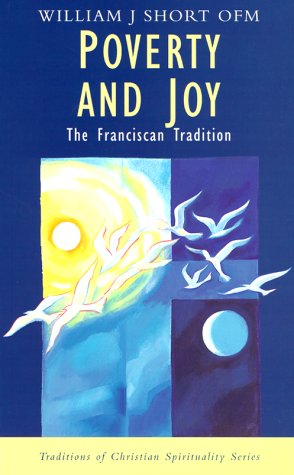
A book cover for Poverty and Joy: The Franciscan Tradition (Traditions of Christian Spirituality.); William J. Short; Christian Books & Bibles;